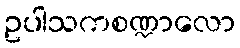
ဥပါသကစဏ္ဍာလော